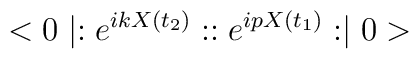
<0\mid :e^{ikX(t_{2})}: :e^{ipX(t_{1})}: \mid 0>